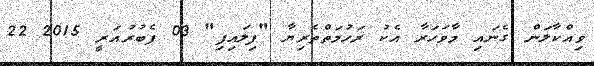
ވިއްކާލަން ގެނައި މާވަހަރާ އެކު ރަހުމަތްތެރިޔާ "ފިލައިފި" 03 ފެބުރުއަރީ 2015 22